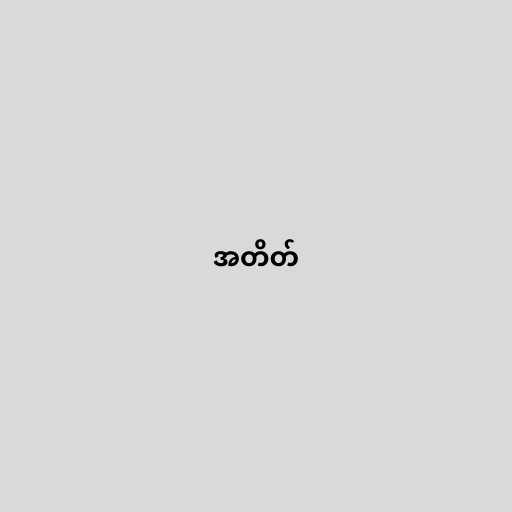
အတိတ်